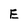
Character: e